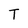
Character: T